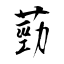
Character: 葝